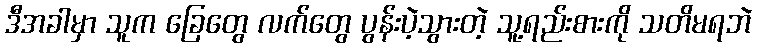
ဒီအခါမှာ သူက ခြေတွေ လက်တွေ ပွန်းပဲ့သွားတဲ့ သူ့ရည်းစားကို သတိမရဘဲ